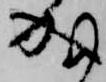
成